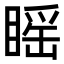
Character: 䁘